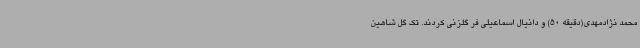
محمد نژادمهدی(دقیقه 50) و دانیال اسماعیلی فر گلزنی کردند. تک گل شاهین